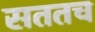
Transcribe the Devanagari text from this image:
सततच